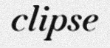
clipse